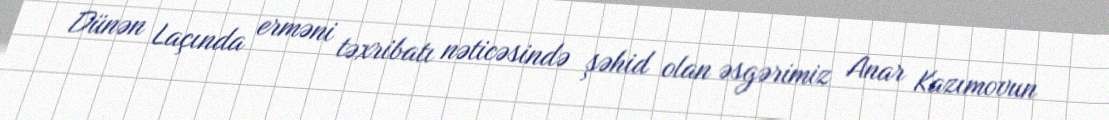
Dünən Laçında erməni təxribatı nəticəsində şəhid olan əsgərimiz Anar Kazımovun